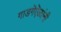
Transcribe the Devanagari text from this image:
गाडगॆऎळांनी